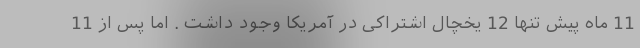
11 ماه پیش تنها 12 یخچال اشتراکی در آمریکا وجود داشت . اما پس از 11